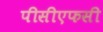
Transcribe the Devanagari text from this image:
पीसीएफसी